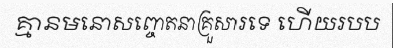
គ្មានមនោសញ្ចេតនាគ្រួសារទេ ហើយរបប